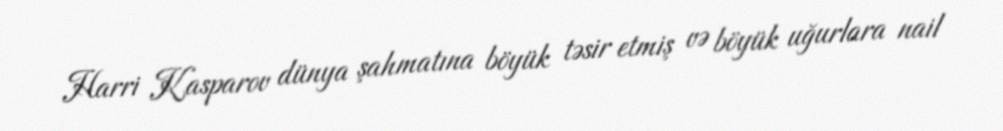
Harri Kasparov dünya şahmatına böyük təsir etmiş və böyük uğurlara nail